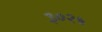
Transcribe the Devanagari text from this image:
३०२५